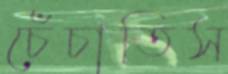
চেঁচাতিস